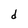
Character: d